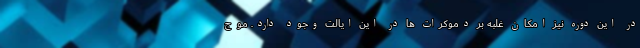
در این دوره نیز امکان غلبه بر دموکرات ها در این ایالت وجود دارد. موج